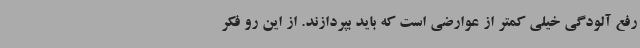
رفع آلودگی خیلی کمتر از عوارضی است که باید بپردازند. از این رو فکر